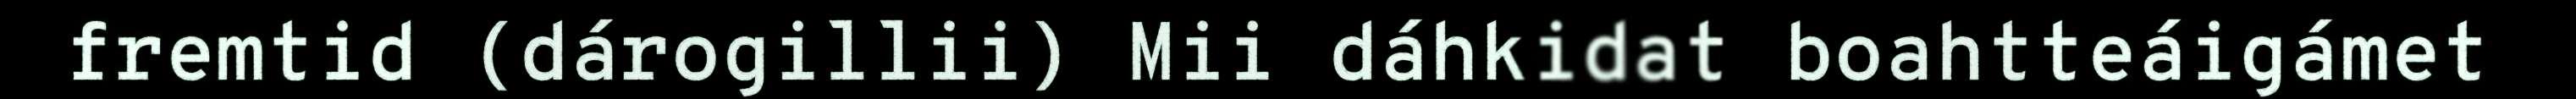
fremtid (dárogillii) Mii dáhkidat boahtteáigámet